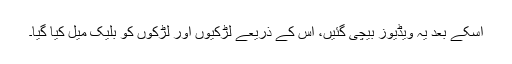
اسکے بعد یہ ویڈیوز بیچی گئیں، اس کے ذریعے لڑکیوں اور لڑکوں کو بلیک میل کیا گیا۔